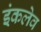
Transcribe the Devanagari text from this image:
इंकलेव